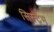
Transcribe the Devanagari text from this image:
सिस्ट्म